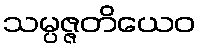
သမ္ပဇ္ဇတိယေဝ